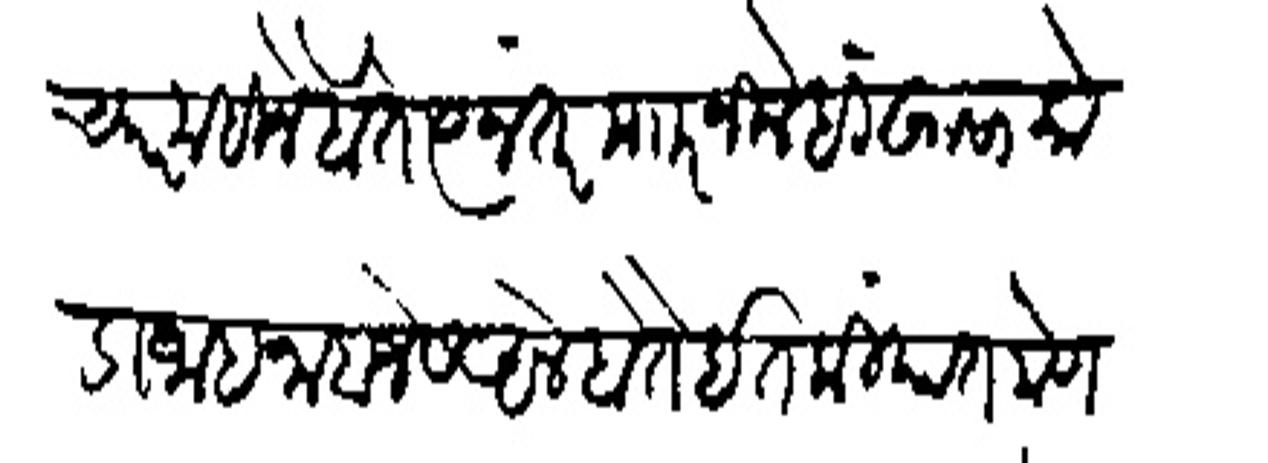
Transliteration (Devanagari): दिल्हेच्यार महीने होते स्यानंतर मारनिलेही खासा कोडाजाहनाबाजेस अले होते इतकियात मेणेपुरीचा